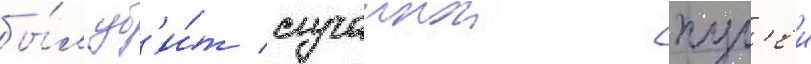
бы́л уб'и́т случаинои пул'еи